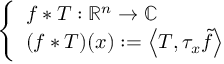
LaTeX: \left\{ \begin{array} { l l } { f \ast T : \mathbb { R } ^ { n } \to \mathbb { C } } \\ { ( f \ast T ) ( x ) : = \left\langle T , \tau _ { x } { \tilde { f } } \right\rangle } \end{array} \right.